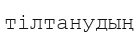
тілтанудың